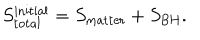
LaTeX: S _ { \mathrm { t o t a l } } ^ { \mathrm { i n i t i a l } } = S _ { \mathrm { m a t t e r } } + S _ { \mathrm { B H } } .